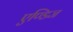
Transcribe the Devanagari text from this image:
एण्डिज